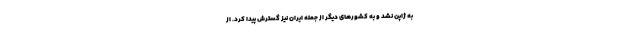
به ژاپن نشد و به کشور‌های دیگر از جمله ایران نیز گسترش پیدا کرد. از